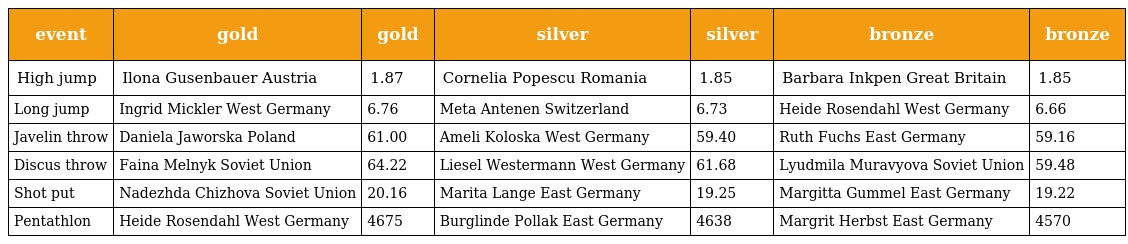
| event | gold | gold | silver | silver | bronze | bronze |
 | --- | --- | --- | --- | --- | --- | --- |
 | High jump | Ilona Gusenbauer Austria | 1.87 | Cornelia Popescu Romania | 1.85 | Barbara Inkpen Great Britain | 1.85 |
 | Long jump | Ingrid Mickler West Germany | 6.76 | Meta Antenen Switzerland | 6.73 | Heide Rosendahl West Germany | 6.66 |
 | Javelin throw | Daniela Jaworska Poland | 61.00 | Ameli Koloska West Germany | 59.40 | Ruth Fuchs East Germany | 59.16 |
 | Discus throw | Faina Melnyk Soviet Union | 64.22 | Liesel Westermann West Germany | 61.68 | Lyudmila Muravyova Soviet Union | 59.48 |
 | Shot put | Nadezhda Chizhova Soviet Union | 20.16 | Marita Lange East Germany | 19.25 | Margitta Gummel East Germany | 19.22 |
 | Pentathlon | Heide Rosendahl West Germany | 4675 | Burglinde Pollak East Germany | 4638 | Margrit Herbst East Germany | 4570 |